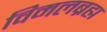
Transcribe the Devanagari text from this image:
विमलब्रह्म